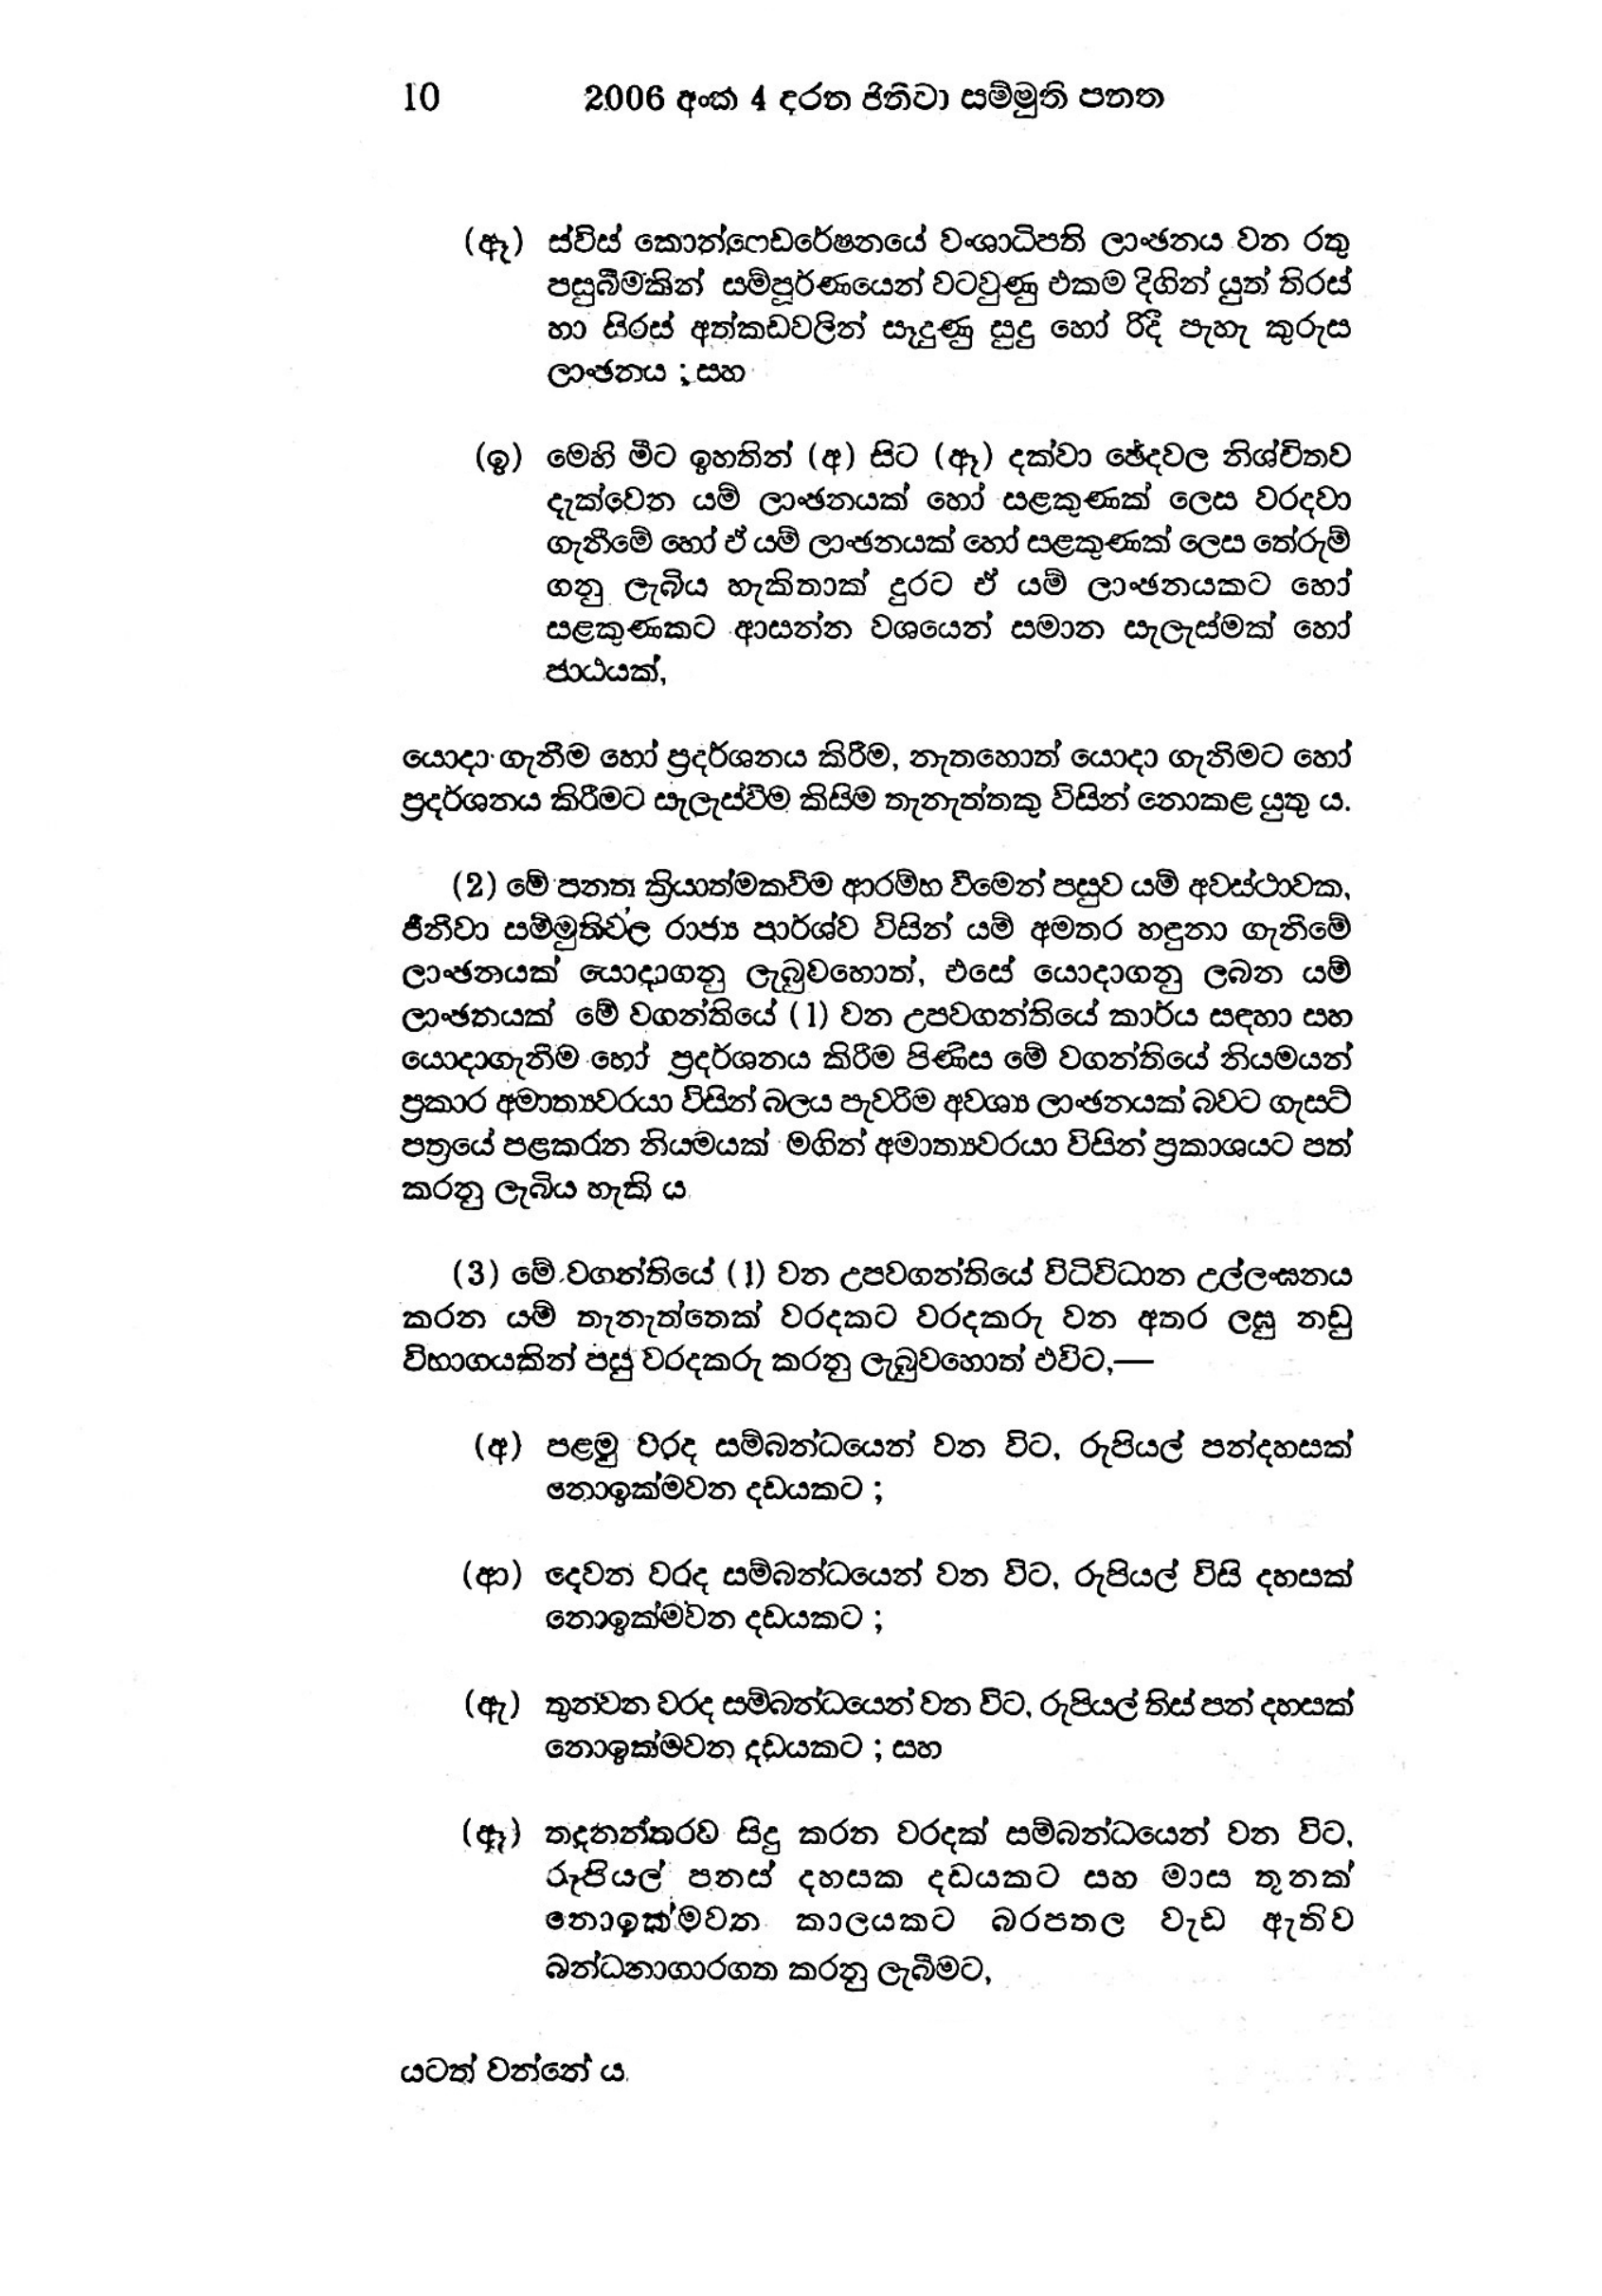
10 2006 අංක 4 දරන ජිනීවා සම්මුති පනත

(ඈ) ස්විස් කොන්ෆෙඩරේෂනයේ වංශාධිපති ලාංඡනය වන රතු
පසුබිමකින් සම්පූර්ණයෙන් වටවුණු එකම දිගින් යුත් තිරස්
හා සිරස් අත්කඩවලින් සෑදුණු සුදු හෝ රිදී පැහැ කුරුස
ලාංඡනය ; සහ

(ඉ) මෙහි මීට ඉහතින් (අ) සිට (ඈ) දක්වා ඡේදවල නිශ්චිතව
දැක්වෙන යම් ලාංඡනයක් හෝ සළකුණක් ලෙස වරදවා
ගැනීමේ හෝ ඒ යම් ලාංඡනයක් හෝ සළකුණක් ලෙස තේරුම්
ගනු ලැබිය හැකිතාක් දුරට ඒ යම් ලාංඡනයකට හෝ
සළකුණකට ආසන්න වශයෙන් සමාන සැලැස්මක් හෝ
ජාඨයක්,

යොදා ගැනීම හෝ ප්‍රදර්ශනය කිරීම, නැතහොත් යොදා ගැනිමට හෝ
ප්‍රදර්ශනය කිරීමට සැලැස්වීම කිසිම තැනැත්තකු විසින් නොකළ යුතු ය.

(2) මේ පනත ක්‍රියාත්මකවීම ආරම්භ වීමෙන් පසුව යම් අවස්ථාවක,
ජීනීවා සම්මුතිවල රාජ්‍ය පාර්ශ්ව විසින් යම් අමතර හඳුනා ගැනීමේ
ලාංඡනයක් යොදාගනු ලැබුවහොත්, එසේ යොදාගනු ලබන යම්
ලාංඡනයක් මේ වගන්තියේ (1) වන උපවගන්තියේ කාර්ය සඳහා සහ
යොදාගැනීම හෝ ප්‍රදර්ශනය කිරීම පිණිස මේ වගන්තියේ නියමයන්
ප්‍රකාර අමාත්‍යවරයා විසින් බලය පැවරිම අවශ්‍ය ලාංඡනයක් බවට ගැස්ට්
පත්‍රයේ පළකරන නියමයක් මගින් අමාත්‍යවරයා විසින් ප්‍රකාශයට පත්
කරනු ලැබිය හැකි ය

(3) මේ වගන්තියේ ( 1) වන උපවගන්තියේ විධිවිධාන උල්ලංඝනය
කරන යම් තැනැත්තෙක් වරදකට වරදකරු වන අතර ලඝු නඩු
විභාගයකින් පසු වරදකරු කරනු ලැබුවහොත් එවිට,—

(අ) පළමු වරද සම්බන්ධයෙන් වන විට, රුපියල් පන්දහසක්
නොඉක්මවන දඩයකට ;

(ආ) දෙවන වරද සම්බන්ධයෙන් වන විට, රුපියල් විසි දහසක්
නොඉක්මව්න දඩයකට ;

(ඇ) තුන්වන වරද සම්බන්ධයෙන් වන විට, රුපියල් තිස් පන් දහසක්
නොඉක්මවන දඩයකට ; සහ

(ඈ) තදනන්තරව සිදු කරන වරදක් සම්බන්ධයෙන් වන විට,
රුපියල් පනස් දහසක දඩයකට සහ මාස තුනක්
නොඉක්මවන කාලයකට බරපතල වැඩ ඇතිව
බන්ධනාගාරගත කරනු ලැබීමට,

යටත් වන්නේ ය.